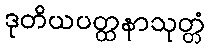
ဒုတိယပတ္ထနာသုတ္တံ